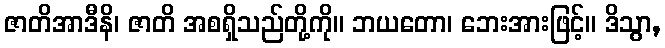
ဇာတိအာဒီနိ၊ ဇာတိ အစရှိသည်တို့ကို။ ဘယတော၊ ဘေးအားဖြင့်။ ဒိသွာ,